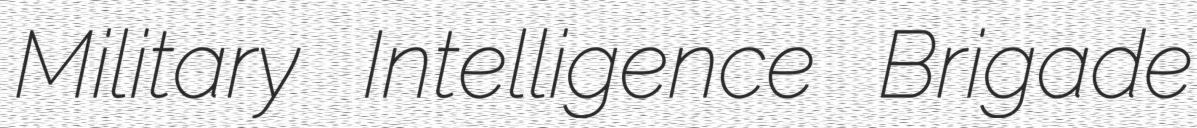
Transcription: Military Intelligence Brigade